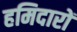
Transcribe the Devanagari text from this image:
हमिदारों